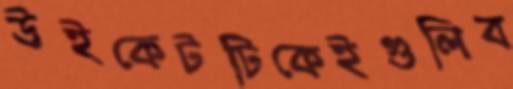
উইকেটটিকেইগুলিব